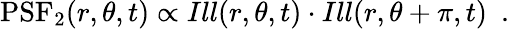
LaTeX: \textrm{PSF}_{2}(r,\theta,t)\propto Ill(r,\theta,t)\cdot Ill(r,\theta+\pi,t)\ \ .